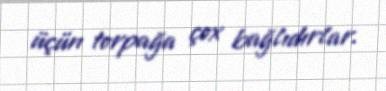
üçün torpağa çox bağlıdırlar.